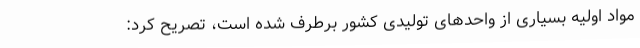
مواد اولیه بسیاری از واحدهای تولیدی کشور برطرف شده است، تصریح کرد: